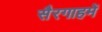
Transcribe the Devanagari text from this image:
सैरगाहमें